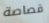
قصاصة